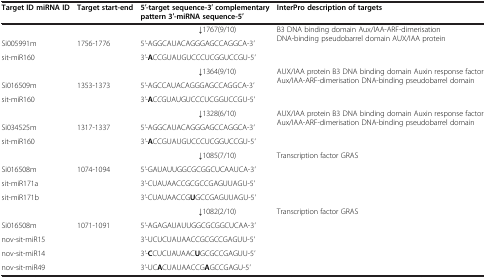
<table><thead><tr><td><b>Target ID miRNA ID</b></td><td><b>Target start-end</b></td><td><b>5′-target sequence-3′ complementary pattern 3′-miRNA sequence-5′</b></td><td><b>InterPro description of targets</b></td></tr></thead><tbody><tr><td> </td><td> </td><td><b>↓</b>1767(9/10)</td><td rowspan="3">B3 DNA binding domain Aux/IAA-ARF-dimerisation DNA-binding pseudobarrel domain AUX/IAA protein</td></tr><tr><td>Si005991m</td><td>1756-1776</td><td>5<i>&#x27;</i>-AGGCAUACAGGGAGCCAGGCA-3<i>&#x27;</i></td></tr><tr><td>sit-miR160</td><td> </td><td>3<i>&#x27;</i>-<b>A</b>CCGUAUGUCCCUCGGUCCGU-5<i>&#x27;</i></td></tr><tr><td> </td><td> </td><td><b>↓</b>1364(9/10)</td><td rowspan="3">AUX/IAA protein B3 DNA binding domain Auxin response factor Aux/IAA-ARF-dimerisation DNA-binding pseudobarrel domain</td></tr><tr><td>Si016509m</td><td>1353-1373</td><td>5<i>&#x27;</i>-AGCCAUACAGGGAGCCAGGCA-3<i>&#x27;</i></td></tr><tr><td>sit-miR160</td><td> </td><td>3<i>&#x27;</i>-<b>A</b>C<i>C</i>GUAUGUCCCUCGGUCCGU-5<i>&#x27;</i></td></tr><tr><td> </td><td> </td><td><b>↓</b>1328(6/10)</td><td rowspan="3">AUX/IAA protein B3 DNA binding domain Auxin response factor Aux/IAA-ARF-dimerisation DNA-binding pseudobarrel domain</td></tr><tr><td>Si034525m</td><td>1317-1337</td><td>5<i>&#x27;</i>-AGGCAUACAGGGAGCCAGGCA-3<i>&#x27;</i></td></tr><tr><td>sit-miR160</td><td> </td><td>3<i>&#x27;</i>-<b>A</b>CCGUAUGUCCCUCGGUCCGU-5<i>&#x27;</i></td></tr><tr><td> </td><td> </td><td><b>↓</b>1085(7/10)</td><td rowspan="4">Transcription factor GRAS</td></tr><tr><td>Si016508m</td><td>1074-1094</td><td>5<i>&#x27;</i>-GAUAUUGGCGCGGCUCAAUCA-3<i>&#x27;</i></td></tr><tr><td>sit-miR171a</td><td> </td><td>3<i>&#x27;</i>-CUAUAACCGCGCCGAGUUAGU-5<i>&#x27;</i></td></tr><tr><td>sit-miR171b</td><td> </td><td>3<i>&#x27;</i>-CUAUAACCG<b>U</b>GCCGAGUUAGU-5<i>&#x27;</i></td></tr><tr><td> </td><td> </td><td><b>↓</b>1082(2/10)</td><td rowspan="5">Transcription factor GRAS</td></tr><tr><td>Si016508m</td><td>1071-1091</td><td>5<i>&#x27;</i>-AGAGAUAUUGGCGCGGCUCAA-3<i>&#x27;</i></td></tr><tr><td>nov-sit-miR15</td><td> </td><td>3<i>&#x27;</i>-UCUCUAUAACCGCGCCGAGUU-5<i>&#x27;</i></td></tr><tr><td>nov-sit-miR14</td><td> </td><td>3<i>&#x27;</i>-<b>C</b>CUCUAUAAC<b>U</b>GCGCCGAGUU-5<i>&#x27;</i></td></tr><tr><td>nov-sit-miR49</td><td> </td><td>3<i>&#x27;</i>-UC<b>A</b>CUAUAACCG<b>A</b>GCCGAGU-5<i>&#x27;</i></td></tr></tbody></table>